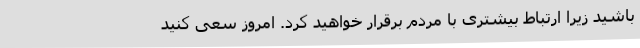
باشید زیرا ارتباط بیشتری با مردم برقرار خواهید کرد. امروز سعی کنید